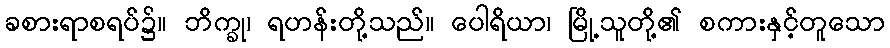
ခစားရာစရပ်၌။ ဘိက္ခု၊ ရဟန်းတို့သည်။ ပေါရိယာ၊ မြို့သူတို့၏ စကားနှင့်တူသော